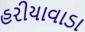
હરીયાવાડા